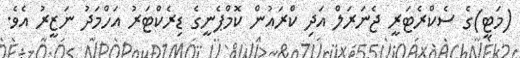
(މަޓީ)ގެ ސެކްރެޓަރީ ޖެނަރަލް އަދި ކްރައުން ކޮމްޕެނީގެ ޑިރެކްޓަރު އަހްމަދު ނަޒީރު އެެވެ.